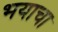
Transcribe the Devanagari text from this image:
भयाचा